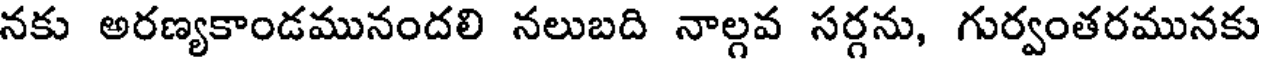
నకు అరణ్యకాండమునందలి నలుబది నాల్గవ సర్గను, గుర్వంతరమునకు